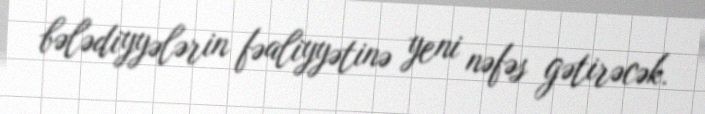
bələdiyyələrin fəaliyyətinə yeni nəfəs gətirəcək.